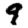
Digit: 9